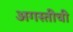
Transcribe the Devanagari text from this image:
अगस्तीची